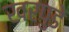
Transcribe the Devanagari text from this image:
खरपुडे